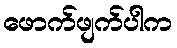
ဖောက်ဖျက်ပါက